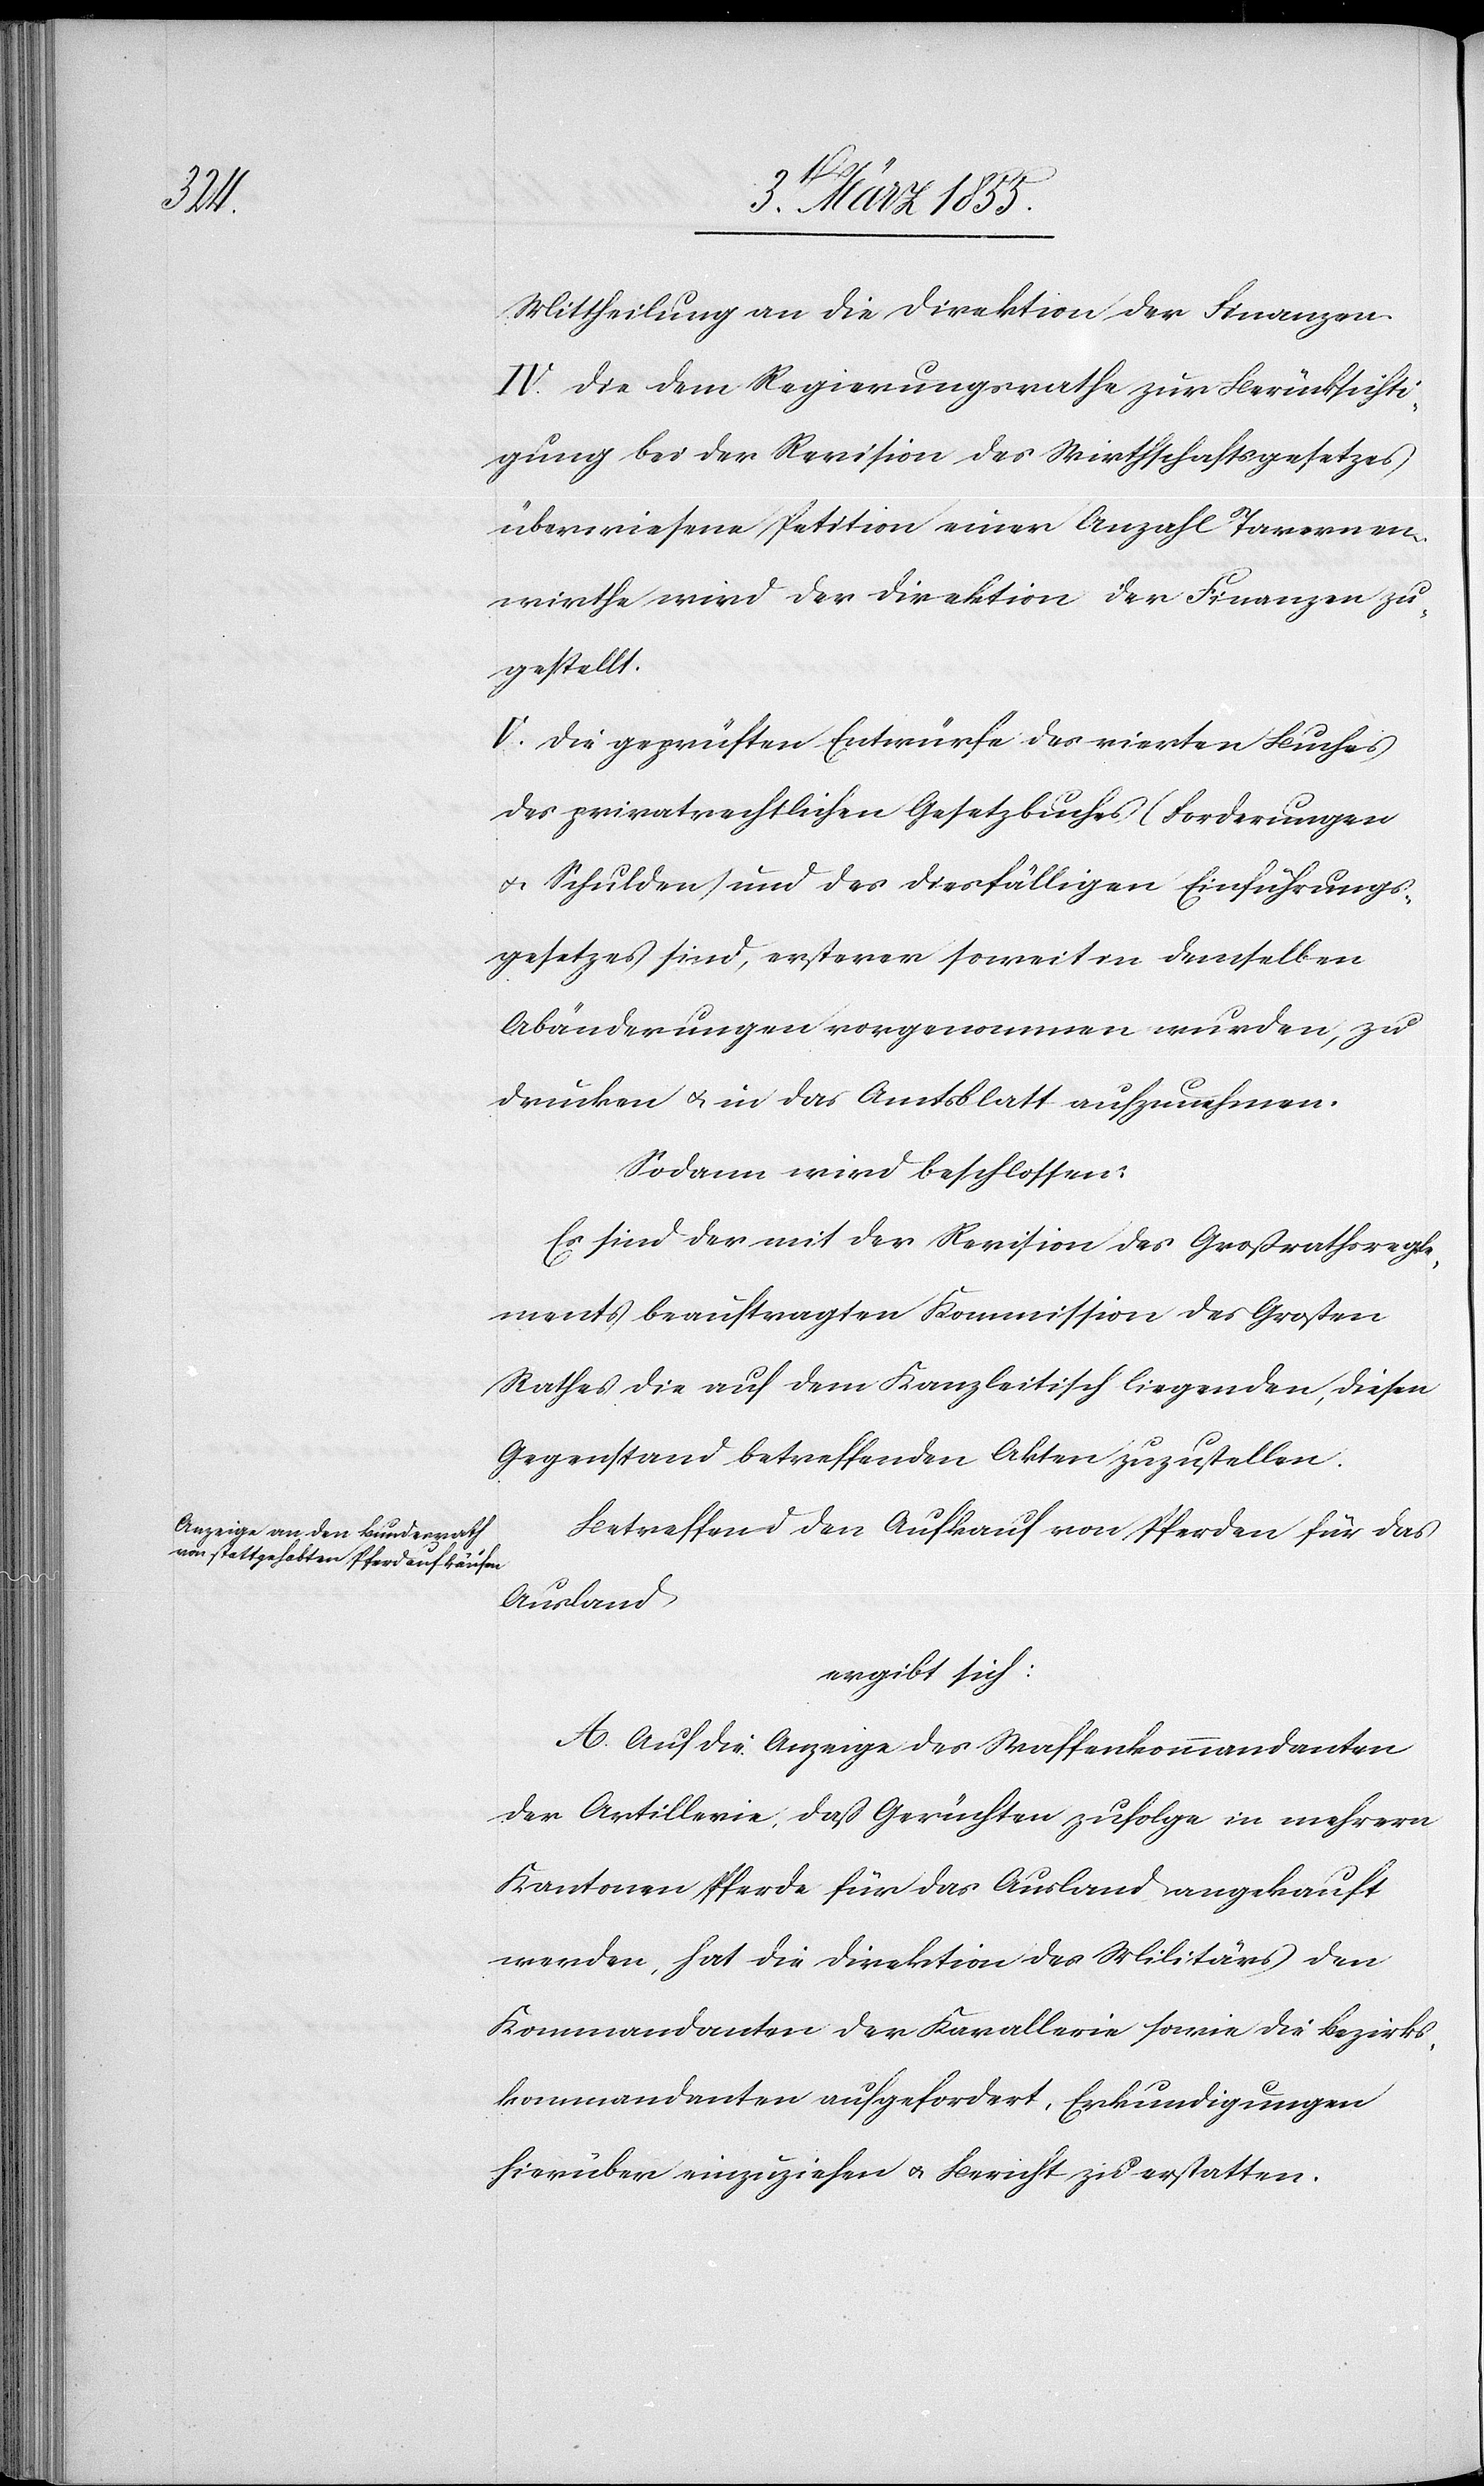
Mittheilung an die Direktion der Finanzen.
IV. Die dem Regierungsrathe zur Berücksichti¬
gung bei der Revision des Wirthschaftsgesetzes
überwiesene Petition einer Anzahl Tavernen¬
wirthe wird der Direktion der Finanzen zu¬
gestellt.
V. Die geprüften Entwürfe des vierten Buches
des privatrechtlichen Gesetzbuches (Forderungen
& Schulden) und des diesfälligen Einführungs¬
gesetzes sind, ersterer soweit in demselben
Abänderungen vorgenommen wurden, zu
drucken & in das Amtsblatt aufzunehmen.
Sodann wird beschlossen:
Es sind der mit der Revision des Großrathsregle¬
ments beauftragten Kommission des Großen
Rathes die auf dem Kanzleitisch liegenden, diesen
Gegenstand betreffenden Akten zuzustellen.
Betreffend den Aufkauf von Pferden für das
Ausland
ergibt sich:
A. Auf die Anzeige des Waffenkommandanten
der Artillerie, daß Gerüchten zufolge in mehrern
Kantonen Pferde für das Ausland angekauft
werden, hat die Direktion des Militärs den
Kommandanten der Kavallerie sowie die Bezirks¬
kommandanten aufgefordert, Erkundigungen
hierüber einzuziehen & Bericht zu erstatten.